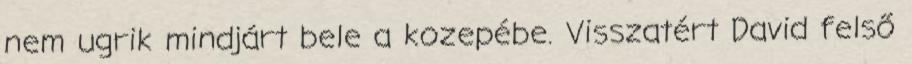
nem ugrik mindjárt bele a kozepébe. Visszatért David felső